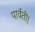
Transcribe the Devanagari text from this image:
पार्वती।